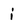
Character: i